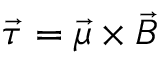
\vec { \tau } = \vec { \mu } \times \vec { B }